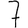
Digit: 7